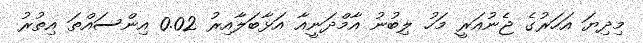
މިދިޔަ އަހަރުގެ ޖެނުއަރީ މަހު ލިބުނު އާމްދަނީއާ އަޅާބަލާއިރު 0.02 އިންސައްތަ އިތުރު